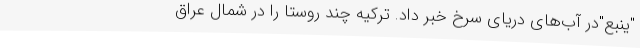
"ینبع"در آب‌های دریای سرخ خبر داد. ترکیه چند روستا را در شمال عراق